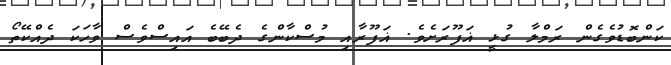
ކަންބޮޑުވެގެން ރަމްލާ ގުޅީ ޣަފޫރަށެވެ. ޣަފޫރާއި މުސްކާންގެ ދެބޭބެ އައިސްވެސް ވާހަކަ ދެއްކޭތޯ